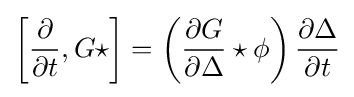
\left[{\frac {\partial }{\partial t}},G\star \right]=\left({\frac {\partial G}{\partial \Delta }}\star \phi \right){\frac {\partial \Delta }{\partial t}}